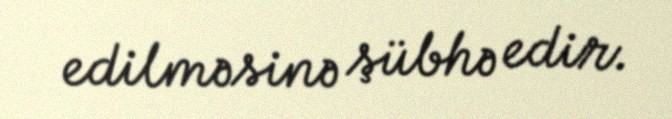
edilməsinə şübhə edir.